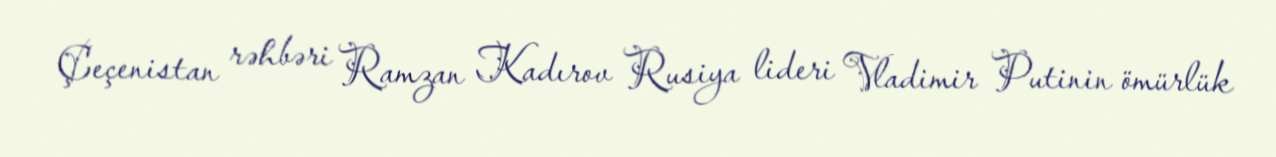
Çeçenistan rəhbəri Ramzan Kadırov Rusiya lideri Vladimir Putinin ömürlük